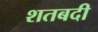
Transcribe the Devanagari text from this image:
शतबदी